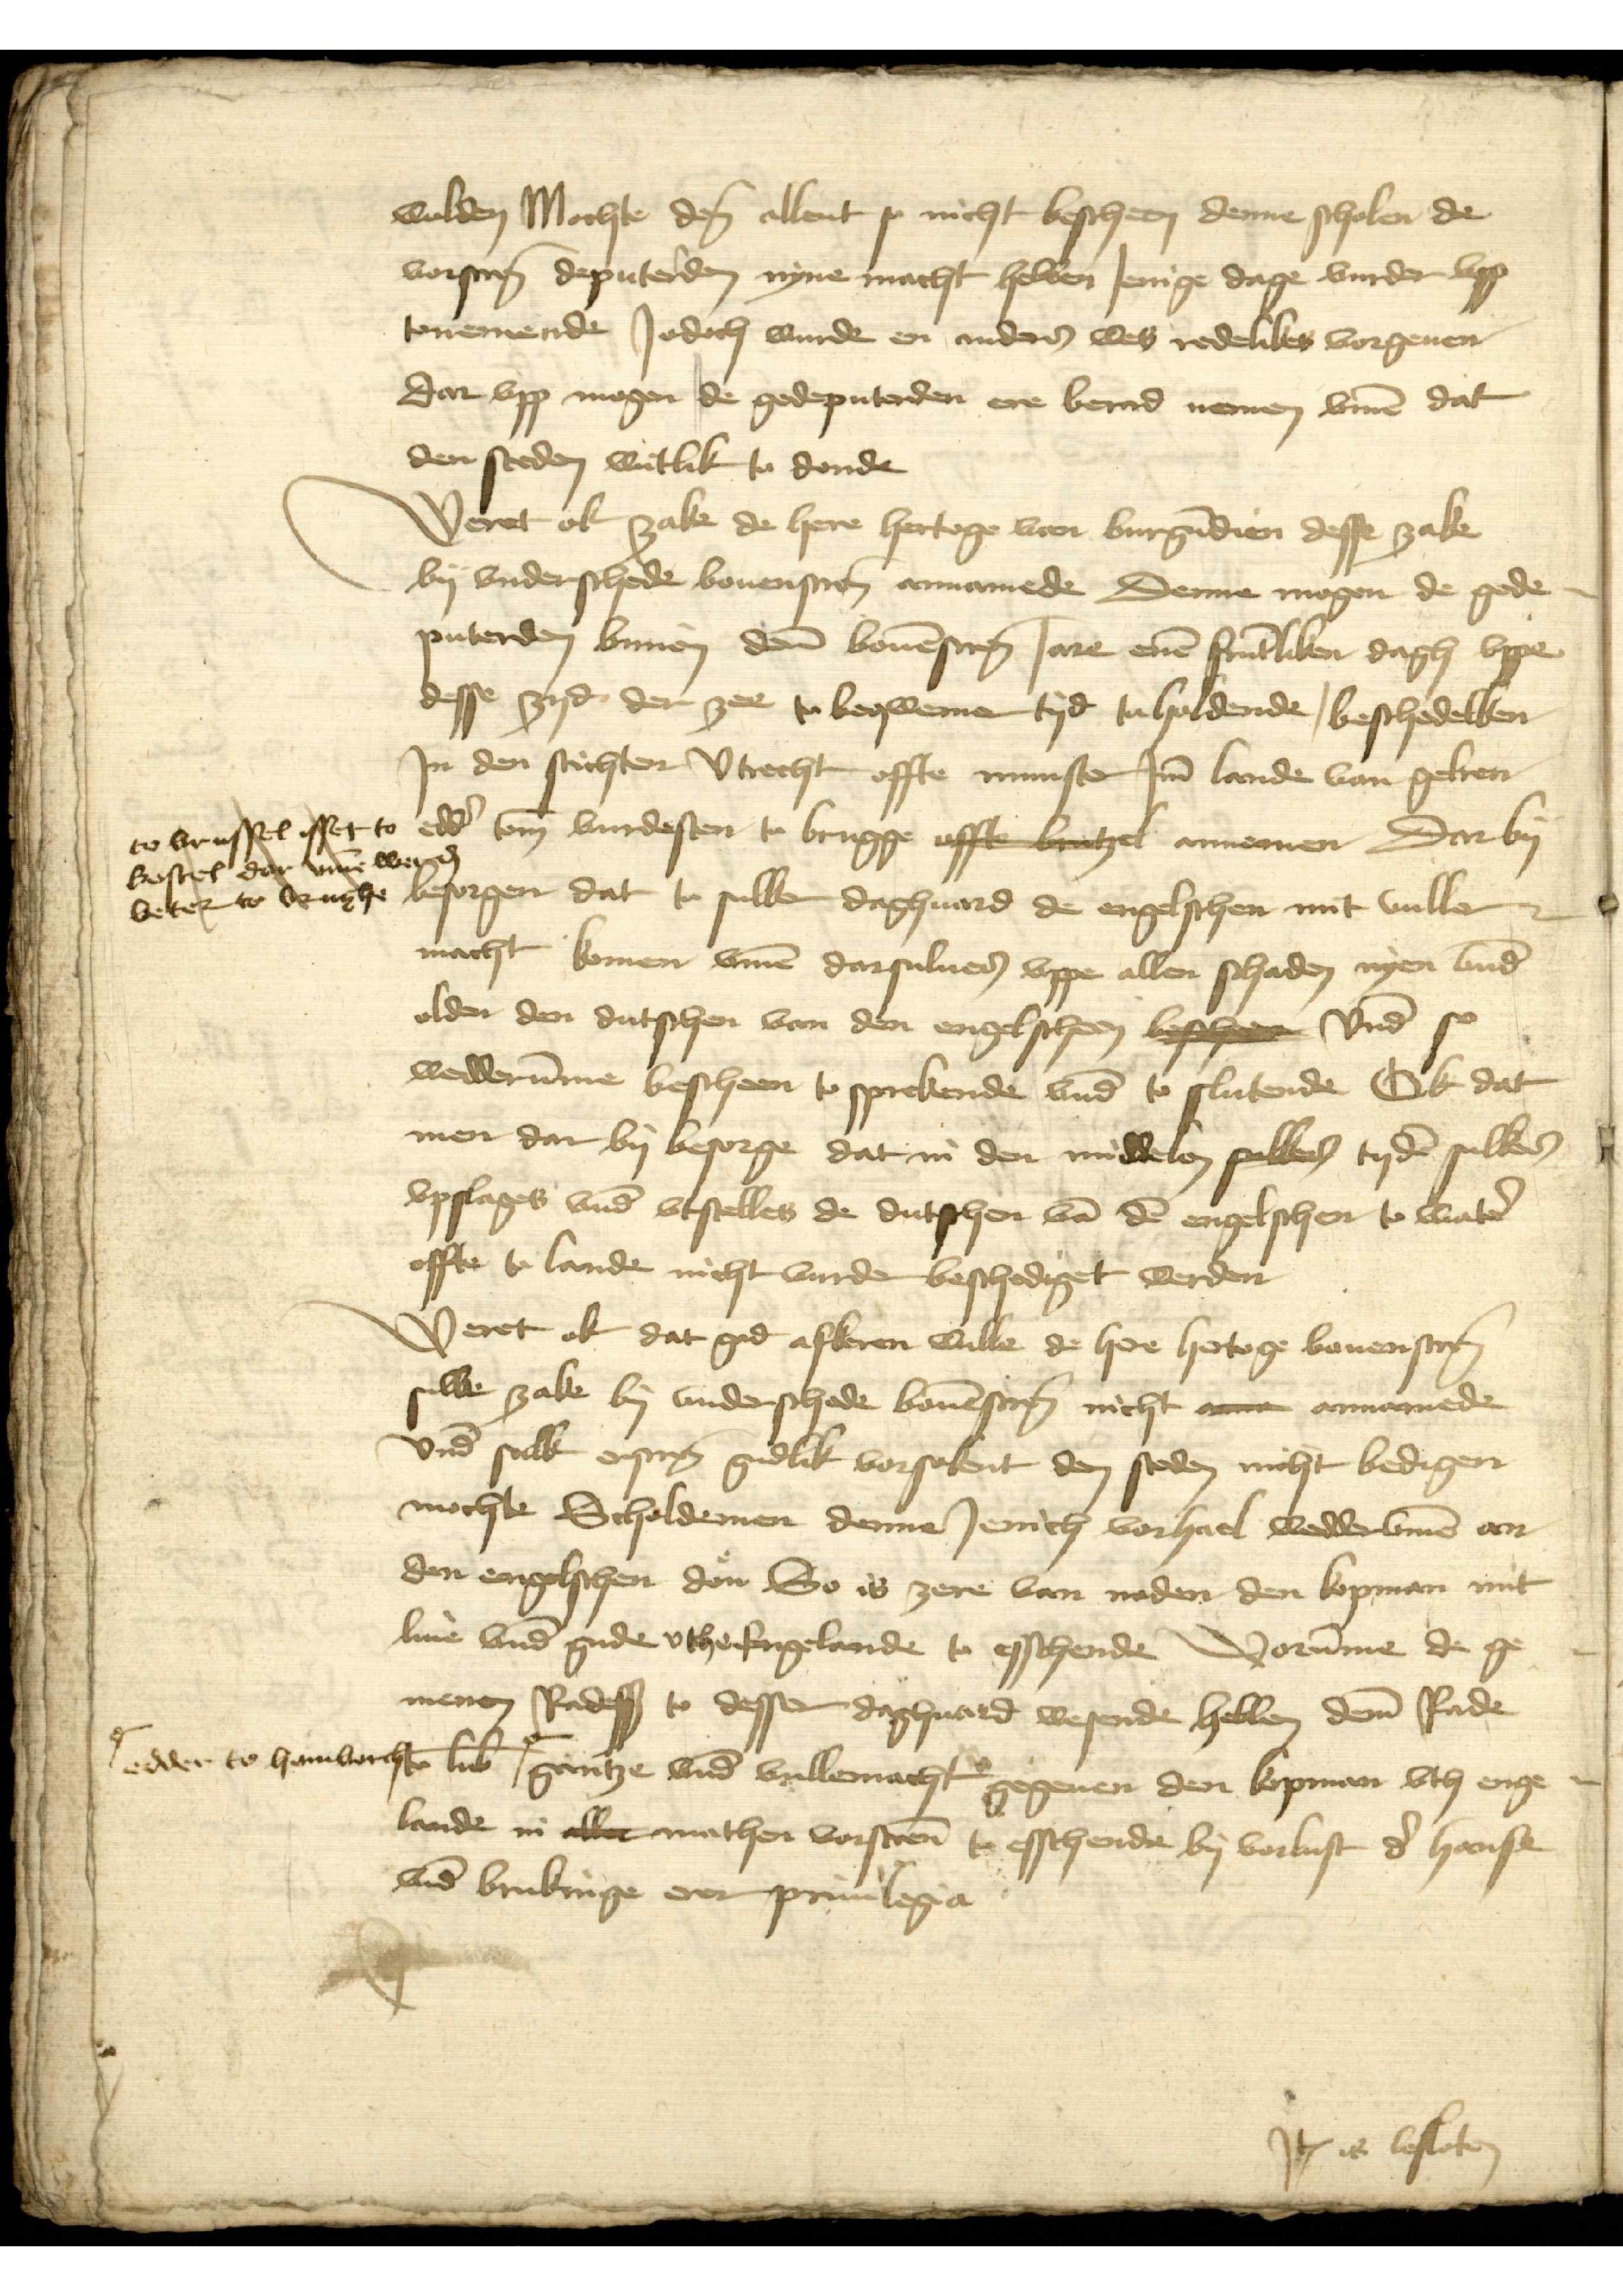
wolden Mochte dem allent so nicht bescheen denne scholen de
vorscreuen deputerden nyne macht hebben Jenige dage vurder vpp
tonemende Jodoch wurde en anders wes redelikes vorgeuen
dar vpp mogen de gedeputerden ere berad nemen vmme dat
den steden witlik to donde

Weret ok zake de here hertoge van Burgundien desse zake
by vnderschende bouenscriuen annamede Derue mogen de gede¬
puterden bynnen deme bouenscreuen Jare enen fruntliken dagh vppe
desse zyd der zee to beqwemen tyd to holdende, beschedelken
Jn den stichten Vtrecht offte Munster Jm lande van Gelren
besorgen dat to sulken daghuard de engelschen mit vuller
macht komen, vmme darsuluer vppe allen schaden nyen vnde
olden den dutschen van den engelscheen besche vnd
wedderumme bescheen to sprekende vnd to slutende Ok dat
men dar by besorge dat in den middelen sulkers tyden sulkes
vpslages vnde vtstelles de dutschen van den engelschen to water
offte to lande nicht vurder beschediget werden

to Brussel isset to
Gostel dar vmme werden
beter to Brughe

Weret ok dat god afkeren wille de here hertoge bouenscreuen
sulke zake by vnderschede bouenscreuen nicht ve annamede
vnde sulk erscreuen gudlik vorsokent den steden nicht bedigen
mochte Scholdemen denne Jenich vorhael weddervmme an
den engelschen don So is zere van noden den kopman mit
liue vnd gude vthe Engelande to esschende worumme de ge¬
menen Radessendeboden to dessen daghuard wesende hebben deme Rade
to Lubeke |o gantze vnd vrillemacht gegeuen den kopman vth Enge¬
lande in allet mathen vorscreuen to esschende by vorlust de hanse
vnde brukinge erer priuilegia

edder to Hamborcht

Jtem is besloten